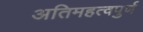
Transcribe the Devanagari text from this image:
अतिमहत्‍वपुर्ण